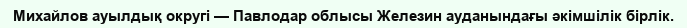
Михайлов ауылдық округі — Павлодар облысы Железин ауданындағы әкімшілік бірлік.